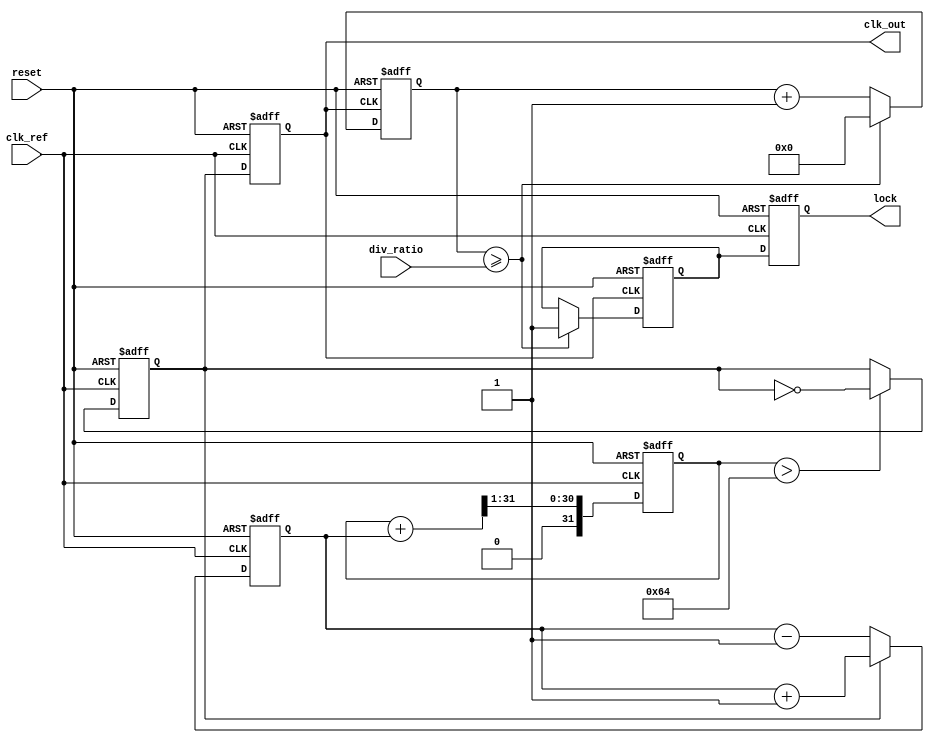
module MemoryBlocksLinearPLL (
    input wire clk_ref,          // Reference clock input
    input wire reset,            // Reset signal
    input wire [3:0] div_ratio,  // Division ratio for feedback divider
    output reg clk_out,          // Output clock
    output reg lock              // Lock status
);

    // Internal signals
    reg [31:0] phase_error;      // Phase error signal from PD
    reg [31:0] control_voltage;   // Control voltage for VCO
    reg vco_output;               // Output from VCO
    reg [31:0] counter;           // Counter for feedback divider
    reg is_locked;                // Lock status flag

    // Phase Detector (PD)
    always @(posedge clk_ref or posedge reset) begin
        if (reset) begin
            phase_error <= 32'b0;
        end else begin
            // Simple phase comparison logic (example)
            if (vco_output) begin
                phase_error <= phase_error + 1; // Increment phase error
            end else begin
                phase_error <= phase_error - 1; // Decrement phase error
            end
        end
    end

    // Low Pass Filter (LPF)
    always @(posedge clk_ref or posedge reset) begin
        if (reset) begin
            control_voltage <= 32'b0;
        end else begin
            // Simple LPF implementation (example)
            control_voltage <= (control_voltage + phase_error) >> 1; // Averaging
        end
    end

    // Voltage-Controlled Oscillator (VCO)
    always @(posedge clk_ref or posedge reset) begin
        if (reset) begin
            vco_output <= 1'b0;
            clk_out <= 1'b0;
        end else begin
            // Simple VCO behavior (example)
            if (control_voltage > 32'd100) begin
                vco_output <= ~vco_output; // Toggle output based on control voltage
            end
            clk_out <= vco_output; // Output clock
        end
    end

    // Feedback Divider
    always @(posedge clk_out or posedge reset) begin
        if (reset) begin
            counter <= 32'b0;
            is_locked <= 1'b0;
        end else begin
            counter <= counter + 1;
            if (counter >= div_ratio) begin
                counter <= 32'b0;
                is_locked <= 1'b1; // Lock achieved
            end
        end
    end

    // Lock Status
    always @(posedge clk_ref or posedge reset) begin
        if (reset) begin
            lock <= 1'b0;
        end else begin
            lock <= is_locked; // Update lock status
        end
    end

endmodule